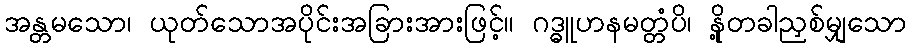
အန္တမသော၊ ယုတ်သောအပိုင်းအခြားအားဖြင့်။ ဂဒ္ဓူဟနမတ္တံပိ၊ နို့တခါညှစ်မျှသော